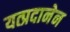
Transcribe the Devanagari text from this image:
यत्प्रदानेन